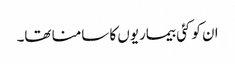
ان کو کئی بیماریوں کا سامنا تھا۔